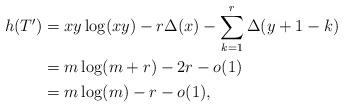
LaTeX: \begin{align*} h(T')&=xy \log(xy) - r \Delta(x) -\sum_{k=1}^{r} \Delta(y+1-k)\\ &= m\log(m+r) -2r -o(1)\\ &= m\log(m)-r-o(1), \end{align*}